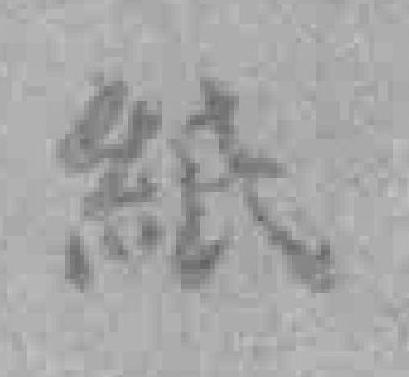
紙